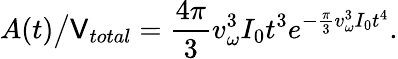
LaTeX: A(t)\big/\mathsf{V}_{total}=\frac{{4\pi}}{{3}}v_{\omega}^{3}I_{0}t^{3}e^{-\frac{{\pi}}{{3}}v_{\omega}^{3}I_{0}t^{4}}.